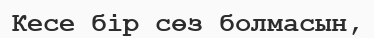
Кесе бір сөз болмасын,